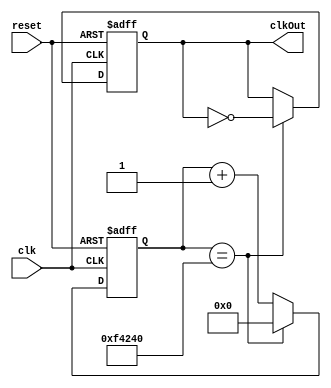
module clk_div
  (
  input clk, reset,                    // entrada: clk, reset
  output reg clkOut                    // sai clkOut - clk dividido
  );

// quando instanciar este divisor de clock, redefinir parmetro NclkDIV
  parameter NclkDIV= 1000000;          // ktd do divisor clk p/ gerar clkOut 
  
  reg  [24:0] ckConta;                 // contador p/ div clk (24 bits)
  
// divide clock do sistema pelo valor em NclkDIV
  always @(posedge clk or negedge reset)  // na  clk ou  de reset
    begin
    if (!reset)                         // reset reinicia clkNrd
      begin
      ckConta <= 25'b0;                // zera contador clock
      clkOut <= 'b0;                   // zera FF clkNovo
      end
    else if (ckConta==NclkDIV)         // (no  reset) qdo atinge NclkDIV
      begin
      ckConta <= 25'b0;                // reinicia contador ckConta
      clkOut <= ~clkOut;               // e inverte sinal clkNovo	 
      end
    else                               // enquanto no atinge NclkDIV
      ckConta <= ckConta + 'b1;        // apenas incrementa ckConta
    end

endmodule